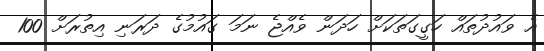
އެ ވައުދުތައް ހަގީގަތަކަށް ހަދަން ވެއްޖެ ނަމަ ގައުމުގެ ދަރަނި އިތުރަށް 100